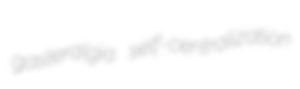
gasteralgia self-centralization